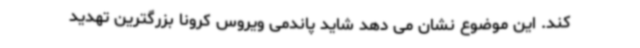
کند. این موضوع نشان می دهد شاید پاندمی ویروس کرونا بزرگترین تهدید